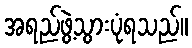
အရည်ဖွဲ့သွားပုံရသည်။